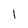
Character: 1